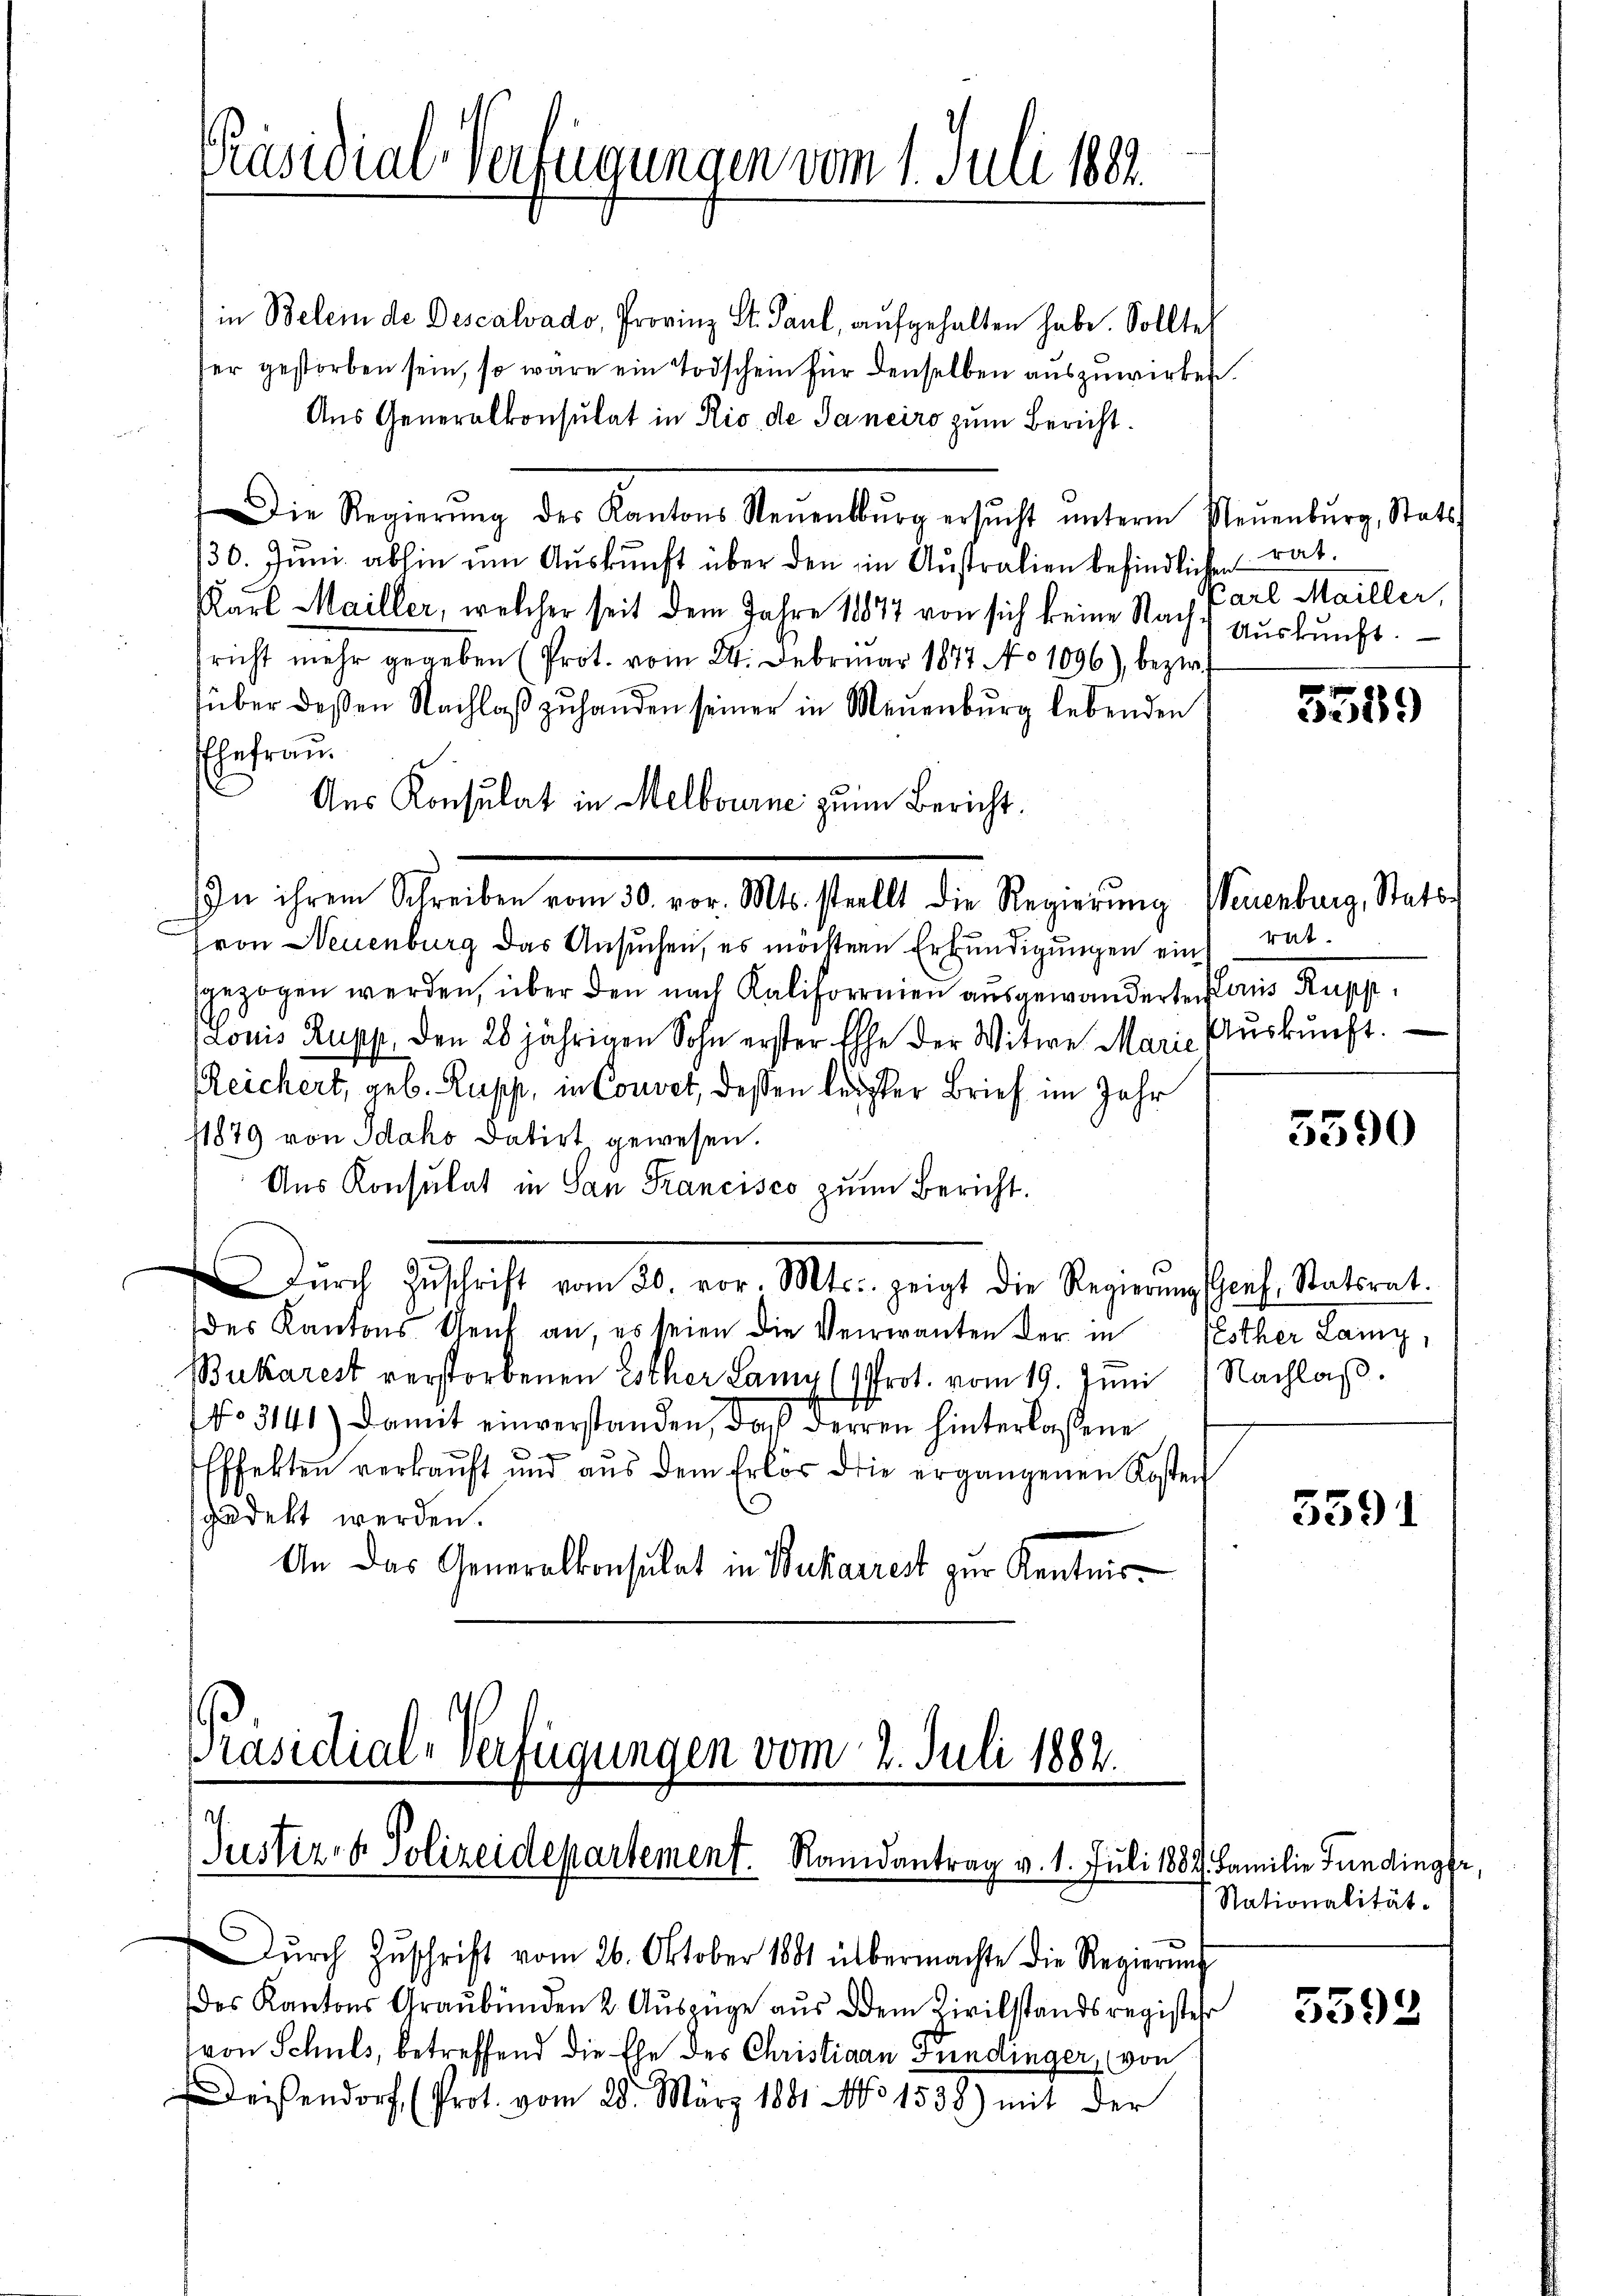
Präsidial-Verfügungen vom 1. Juli 1883.

in Belei de Descalvado, Provinz St. Paul, aufgehalten habe. Sollte
ser gestorben sein, so wäre ein Todschein für denselben auszuwirken.
Aus Generalkonsulat in Rio de Janeiro zum Bericht.
Die Regierŭng des Kantons Neuenbŭrg ersŭcht ŭnterm Neuenburg, Stats
/30. Juni abhin um Auskunft über den in Australien befindlichen
KKarl Mailler, welcher seit dem Jahre 1884 von sich keine Nach Auskunft.
sricht mehr gegeben (Prot. vom 24. Februar 1877 No 1096) bezir
über deßen Nachlaß zuhanden seiner in Neuenburg lebenden
Ehefrau.
Aus Konsulat in Melbourne zum Bericht.
von Neuenburg das Ansuchen, es möchten Erkundigungen ein ratgezogen werden, über den nach Kalifornien aŭsgewanderten Paris Rupp,
Louis Rupp, den 20 jährigen Sohn erster Ehe der Witwe Marie Aŭskŭnft.
Reichert, geb. Rupp, in Couvet, dessen leister Brief im Jahr
11879 von Idako datirt gewesen.
Aus Konsulat in San Francisco zum Bericht.
dŭrch Zŭschrift vom 20. vor. Mts. zeigt die Regierŭng Genf, Statsrat.
des Kantons Genf an, es seien die Verrianten der in Esther Lany,
Bukarest verstorbenen Esther Lany (Prot. vom 19. Juni 1 Nachlaβ.
No 3141) Damit einverstanden, daß derren hinterlassene
Effekten verkaŭft und aŭs dem Erlos die ergangenen Kosten
sgedekt werden.
An das Generalkonsulat in Bukarrest zur Kentnis¬

In ihrem Schreiben vom 30. vor. Mts. stellt die Regierŭng Neuenburg, Stats¬

Präsidial-Verfügungen vom 2. Juli 1882.
Justiz- & Polizeidepartement. Randantrag v. 1. Juli 1889. Familie Fundinger,

Dŭrch Zŭschrift vom 26. Oktober 1881 übermachte die Regierŭng
des Kantons Graubünden 2. Auszüge aus dem Zivilstandsregister
von Schuls, betreffend die Ehe des Christiaan Fundinger, von
eißendorf (Prot. vom 28. März 1881 No 1538) mit der

rat.
Carl Mailler,

5559

3590

5591

Nationalität.
5592